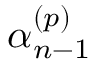
\boldsymbol \alpha _ { n - 1 } ^ { ( p ) }